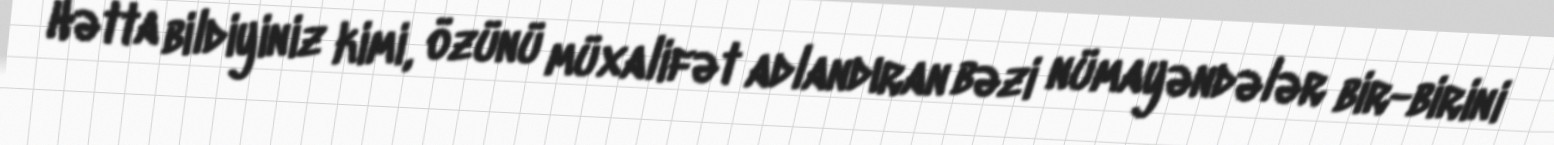
Hətta bildiyiniz kimi, özünü müxalifət adlandıran bəzi nümayəndələr bir-birini